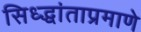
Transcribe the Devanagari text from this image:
सिध्द्धांताप्रमाणे